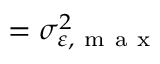
= \sigma _ { \varepsilon , \mathrm { ~ m ~ a ~ x ~ } } ^ { 2 }